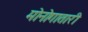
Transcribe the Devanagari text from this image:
मोनोगातारी